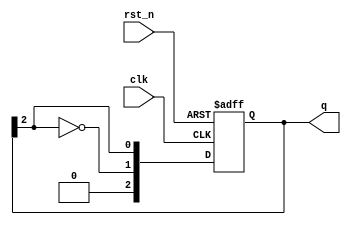
module johnson_counter #(
    parameter N = 3  // Number of flip-flops
) (
    input wire clk,      // Clock input
    input wire rst_n,    // Active-low asynchronous reset
    output reg [N-1:0] q // Output state of the counter
);

    // On every clock edge, update state
    always @(posedge clk or negedge rst_n) begin
        if (!rst_n) begin
            q <= {N{1'b0}}; // Initialize counter to 0
        end else begin
            q <= {~q[N-1], q[N-1:N-1]}; // Shift and feedback inverted last bit
        end
    end

endmodule